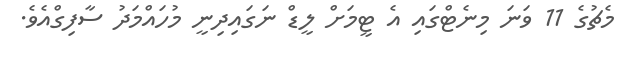
މެޗުގެ 11 ވަނަ މިނެޓްގައި އެ ޓީމަށް ލީޑް ނަގައިދިނީ މުހައްމަދު ސާފިގްއެވެ.